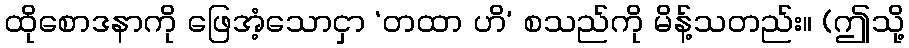
ထိုစောဒနာကို ဖြေအံ့သောငှာ ‘တထာ ဟိ’ စသည်ကို မိန့်သတည်း။ (ဤသို့